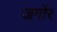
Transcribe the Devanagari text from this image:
जगोंर